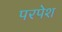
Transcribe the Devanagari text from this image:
परपेश